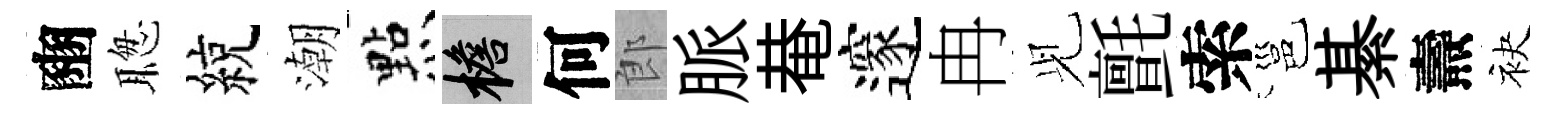
豳聦綂潮㸃檐何郎脈𤲅邃冉𫤗氈索邕綦燾袂